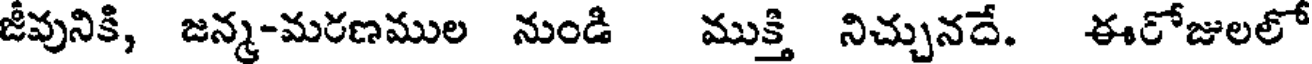
జీవునికి, జన్మ-మరణముల నుండి ముక్తి నిచ్చునదే. ఈరోజులలో